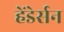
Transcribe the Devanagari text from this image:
हेंडेर्सन